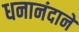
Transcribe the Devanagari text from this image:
धनानंदाने